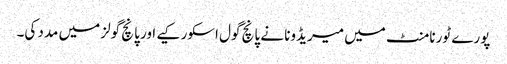
پورے ٹورنامنٹ میں میریڈونا نے پانچ گول اسکور کیے اور پانچ گولز میں مدد کی۔